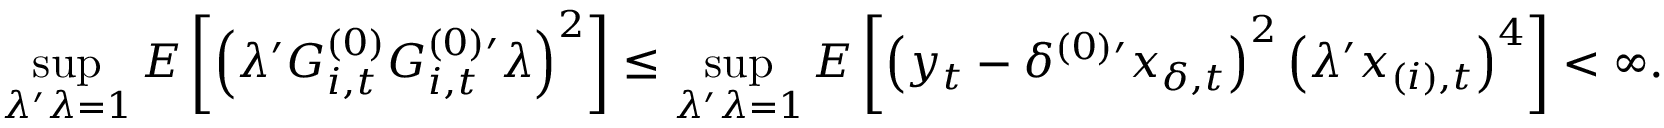
\operatorname* { s u p } _ { \lambda ^ { \prime } \lambda = 1 } E \left[ \left( \lambda ^ { \prime } G _ { i , t } ^ { ( 0 ) } G _ { i , t } ^ { ( 0 ) \prime } \lambda \right) ^ { 2 } \right] \leq \operatorname* { s u p } _ { \lambda ^ { \prime } \lambda = 1 } E \left[ \left( y _ { t } - \delta ^ { ( 0 ) \prime } x _ { \delta , t } \right) ^ { 2 } \left( \lambda ^ { \prime } x _ { ( i ) , t } \right) ^ { 4 } \right] < \infty .